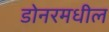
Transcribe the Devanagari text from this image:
डोनरमधील